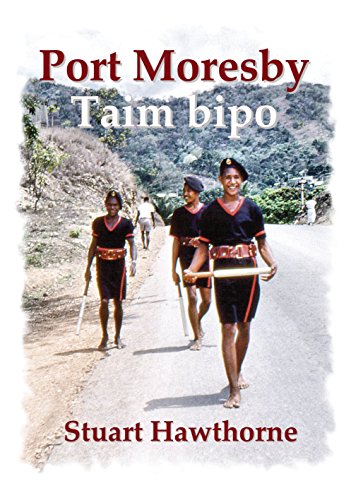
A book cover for Port Moresby: Taim Bipo; Stuart Hawthorne; History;